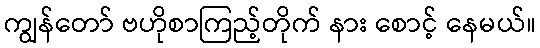
ကျွန်တော် ဗဟိုစာကြည့်တိုက် နား စောင့် နေမယ်။